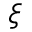
\xi